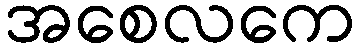
အစေလကေ